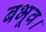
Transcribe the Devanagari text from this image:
बभूव।